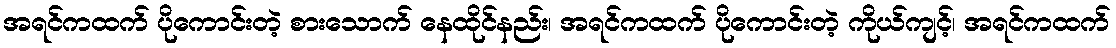
အရင်ကထက် ပိုကောင်းတဲ့ စားသောက် နေထိုင်နည်း၊ အရင်ကထက် ပိုကောင်းတဲ့ ကိုယ်ကျင့်၊ အရင်ကထက်